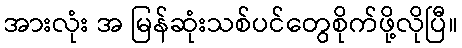
အားလုံး အ မြန်ဆုံးသစ်ပင်တွေစိုက်ဖို့လိုပြီ။